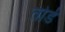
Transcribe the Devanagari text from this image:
तोर्ड